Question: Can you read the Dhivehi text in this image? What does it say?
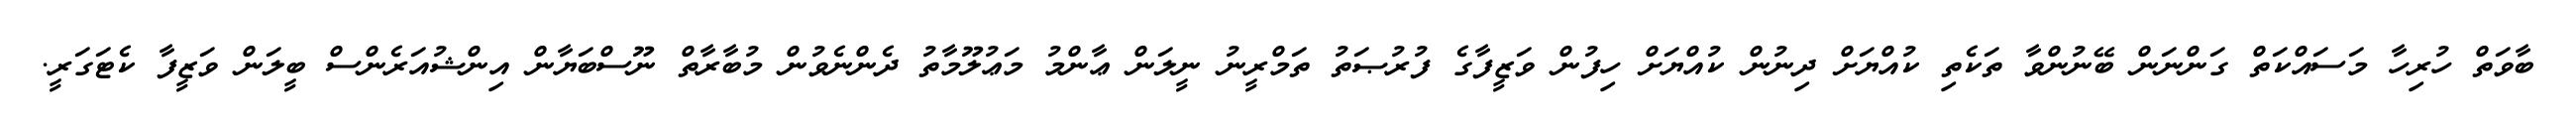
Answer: ބާވަތް ހުރިހާ މަސައްކަތް ގަންނަން ބޭނުންވާ ތަކެތި ކުއްޔަށް ދިނުން ކުއްޔަށް ހިފުން ވަޒީފާގެ ފުރުޞަތު ތަމްރީނު ނީލަން ޢާންމު މަޢުލޫމާތު ދެންނެވުން މުބާރާތް ނޫސްބަޔާން އިންޝުއަރެންސް ބީލަން ވަޒީފާ ކެޓަގަރީ.